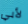
لأبي